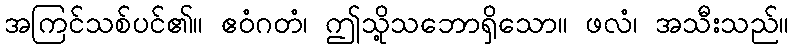
အကြင်သစ်ပင်၏။ ဧဝံဂတံ၊ ဤသို့သဘောရှိသော။ ဖလံ၊ အသီးသည်။